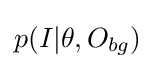
p(I|\theta ,O_{bg})